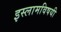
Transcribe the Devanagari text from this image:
इस्लामविषयी